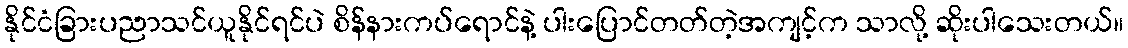
နိုင်ငံခြားပညာသင်ယူနိုင်ရင်ပဲ စိန်နားကပ်ရောင်နဲ့ ပါးပြောင်တတ်တဲ့အကျင့်က သာလို့ ဆိုးပါသေးတယ်။